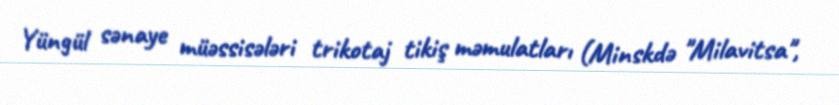
Yüngül sənaye müəssisələri trikotaj tikiş məmulatları (Minskdə "Milavitsa",